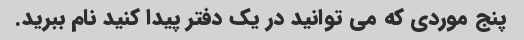
پنج موردی که می توانید در یک دفتر پیدا کنید نام ببرید.